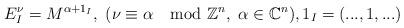
LaTeX: \begin{align*}E_I^{\nu}=M^{\alpha+1_I}, \ (\nu \equiv \alpha \mod \mathbb{Z}^n ,\ \alpha \in \mathbb{C}^n), 1_I=(...,1,...) \end{align*}